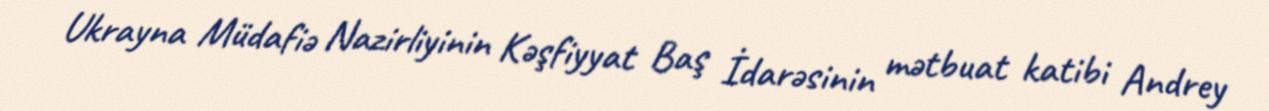
Ukrayna Müdafiə Nazirliyinin Kəşfiyyat Baş İdarəsinin mətbuat katibi Andrey